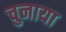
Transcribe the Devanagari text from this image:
चुनाया